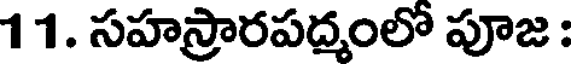
11. సహస్రారపద్మంలో పూజ